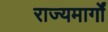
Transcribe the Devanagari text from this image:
राज्यमार्गों